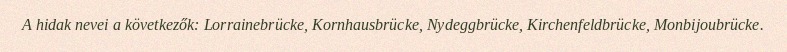
A hidak nevei a következők: Lorrainebrücke, Kornhausbrücke, Nydeggbrücke, Kirchenfeldbrücke, Monbijoubrücke.